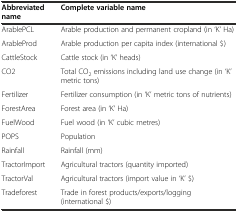
<table><thead><tr><td><b>Abbreviated name</b></td><td><b>Complete variable name</b></td></tr></thead><tbody><tr><td>ArablePCL</td><td>Arable production and permanent cropland (in ‘K’ Ha)</td></tr><tr><td>ArableProd</td><td>Arable production per capita index (international $)</td></tr><tr><td>CattleStock</td><td>Cattle stock (in ‘K’ heads)</td></tr><tr><td>CO2</td><td>Total CO<sub>2</sub> emissions including land use change (in ‘K’ metric tons)</td></tr><tr><td>Fertilizer</td><td>Fertilizer consumption (in ‘K’ metric tons of nutrients)</td></tr><tr><td>ForestArea</td><td>Forest area (in ‘K’ Ha)</td></tr><tr><td>FuelWood</td><td>Fuel wood (in ‘K’ cubic metres)</td></tr><tr><td>POPS</td><td>Population</td></tr><tr><td>Rainfall</td><td>Rainfall (mm)</td></tr><tr><td>TractorImport</td><td>Agricultural tractors (quantity imported)</td></tr><tr><td>TractorVal</td><td>Agricultural tractors (import value in ‘K’ $)</td></tr><tr><td>Tradeforest</td><td>Trade in forest products/exports/logging (international $)</td></tr></tbody></table>